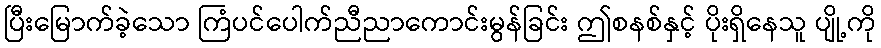
ပြီးမြောက်ခဲ့သော ကြံပင်ပေါက်ညီညာကောင်းမွန်ခြင်း ဤစနစ်နှင့် ပိုးရှိနေသူ ပျို့ကို